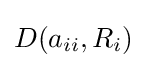
D(a_{ii},R_{i})